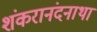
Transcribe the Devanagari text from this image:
शंकरानंदनाथा